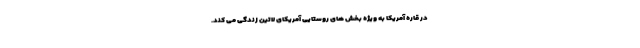
در قاره آمریکا به ویژه بخش های روستایی آمریکای لاتین زندگی می کند.